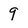
Character: 9